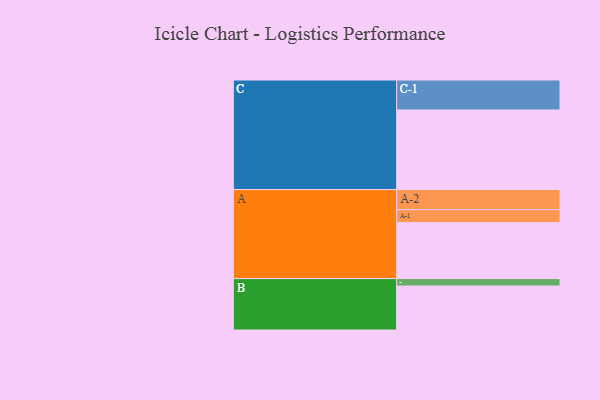
{"axis": {"x": "Segment", "y": "Value"}, "legend": ["", "A", "B", "C"], "data": [{"x": "A", "y": 384, "type": ""}, {"x": "B", "y": 302, "type": ""}, {"x": "C", "y": 546, "type": ""}, {"x": "A-1", "y": 89, "type": "A"}, {"x": "A-2", "y": 138, "type": "A"}, {"x": "B-1", "y": 51, "type": "B"}, {"x": "C-1", "y": 206, "type": "C"}]}